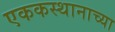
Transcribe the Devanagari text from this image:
एककस्थानाच्या